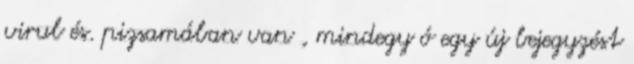
virul és. pizsamában van , mindegy ó egy új bejegyzést